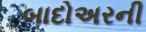
બાદોઅરની